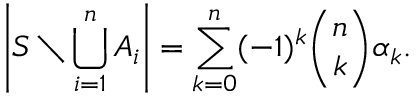
\left| S \setminus \bigcup _ { i = 1 } ^ { n } A _ { i } \right| = \sum _ { k = 0 } ^ { n } ( - 1 ) ^ { k } { \binom { n } { k } } \alpha _ { k } .